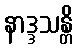
နာဒ္ဒသန္တိ